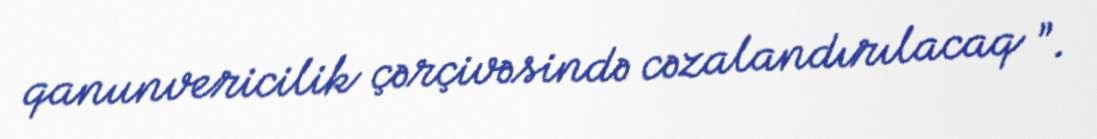
qanunvericilik çərçivəsində cəzalandırılacaq ”.